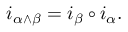
i _ { \alpha \wedge \beta } = i _ { \beta } \circ i _ { \alpha } .